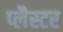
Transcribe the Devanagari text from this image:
प्लैस्टर